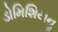
ડોમિશિયનૢ